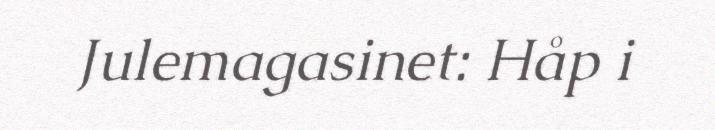
Julemagasinet: Håp i